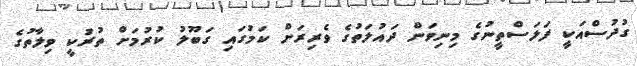
ގުދުސްއަކީ ފަލަސްތީނުގެ މިނިވަން ދައުލަތުގެ ވެރިރަށް ކަމުގައި ގަބޫލު ކުރުމަށް ތުރުކީ ވިލާތުގެ